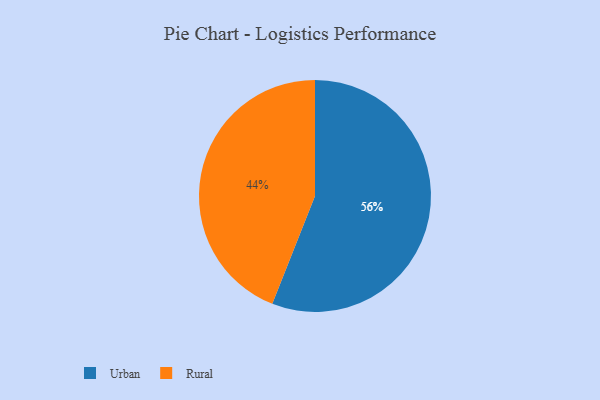
{"axis": {"x": "Category", "y": "Percentage"}, "legend": ["Rural", "Urban"], "data": [{"x": "Rural", "y": 44, "type": "Rural"}, {"x": "Urban", "y": 56, "type": "Urban"}]}